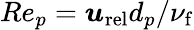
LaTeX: Re_{p}=\boldsymbol{u}_{\mathrm{rel}}d_{p}/\nu_{\mathrm{f}}